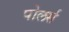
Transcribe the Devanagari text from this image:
पोलर्स